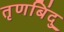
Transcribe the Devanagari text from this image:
तृणबिंदु